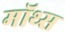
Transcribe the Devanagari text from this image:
मॉथ्स